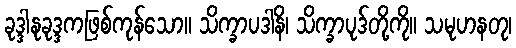
ခုဒ္ဒါနုခုဒ္ဒကဖြစ်ကုန်သော။ သိက္ခာပဒါနိ၊ သိက္ခာပုဒ်တို့ကို။ သမုဟနတု၊